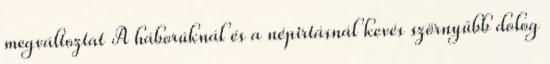
megváltoztat A háborúknál és a népirtásnál kevés szörnyűbb dolog